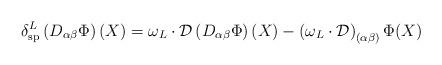
LaTeX: \begin{align*}\delta _{\mathrm{sp}}^{L}\left( D_{\alpha \beta }\Phi \right) (X)=\omega_{L}\cdot \mathcal{D}\left( D_{\alpha \beta }\Phi \right) (X)-\left( {\omega_{L}}\cdot \mathcal{D}\right) _{(\alpha \beta )}\Phi (X)\end{align*}